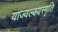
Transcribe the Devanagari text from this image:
याज्‍वल्क्यस्मृति